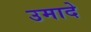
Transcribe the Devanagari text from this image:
उमादे